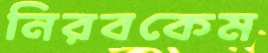
নিরবকেম